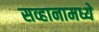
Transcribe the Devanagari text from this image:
सव्हानामध्ये